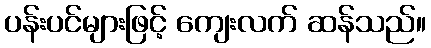
ပန်းပင်များဖြင့် ကျေးလက် ဆန်သည်။